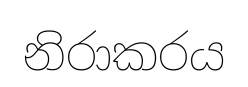
නිරාකරය